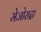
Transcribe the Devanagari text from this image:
मेजोरादा